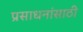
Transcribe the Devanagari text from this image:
प्रसाधनांसाठी